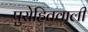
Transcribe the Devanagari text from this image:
पुरोहितवाली